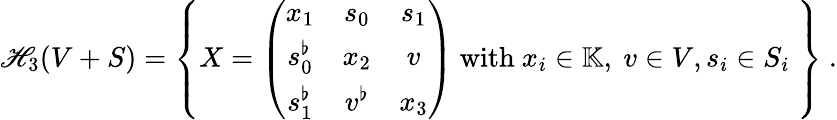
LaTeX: \mathscr{H}_{3}(V+S)=\left\{ X=\left(\begin{array}{ccc}{x_{1}}&{s_{0}}&{s_{1}}\\ {s_{0}^{\flat}}&{x_{2}}&{v}\\ {s_{1}^{\flat}}&{v^{\flat}}&{x_{3}}\end{array}\right)\ \mathrm{with}\ x_{i}\in\mathbb{K},\ v\in V,s_{i}\in S_{i}\ \right\} \ .